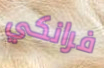
فرانكي